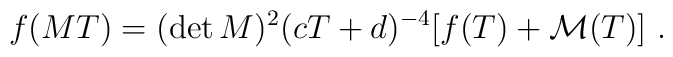
f(MT)=(\det M )^{2} (cT+d)^{-4} [f(T)+{\cal M}(T)]\ .